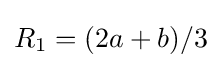
R_{1}=(2a+b)/3